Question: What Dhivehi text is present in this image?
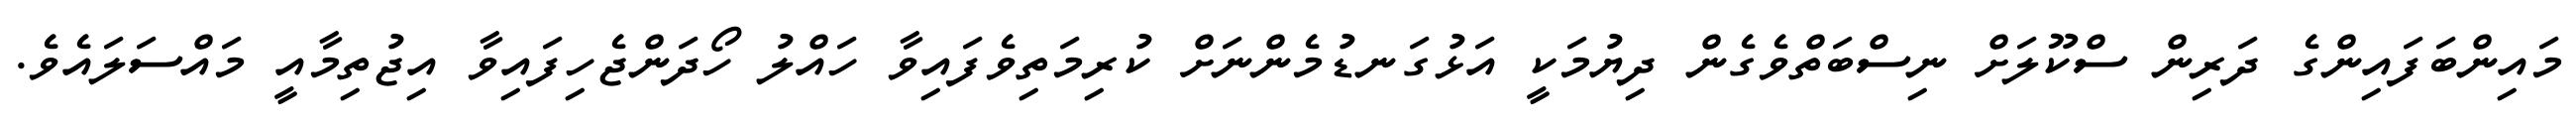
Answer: މައިންބަފައިންގެ ދަރިން ސްކޫލަށް ނިސްބަތްވެގެން ދިޔުމަކީ އަޅުގަނޑުމެންނަށް ކުރިމަތިވެފައިވާ ހައްލު ހޯދަންޖެހިފައިވާ އިޖުތިމާއީ މައްސަލައެވެ.